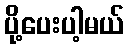
ပို့ပေးပါ့မယ်